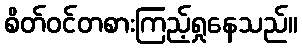
စိတ်ဝင်တစားကြည့်ရှုနေသည်။